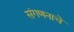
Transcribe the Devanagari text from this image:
संगणनाचे